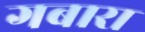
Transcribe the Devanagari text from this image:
गबारा